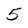
Character: 5